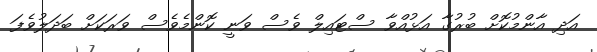
އަދި އާންމުކޮށް ބުރުގާ އަޅުއްވާ ސްޓައިލް ވެސް ވަނީ ކޮންމެވެސް ވަރަކަށް ބަދަލުވެފަ